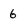
Character: 6